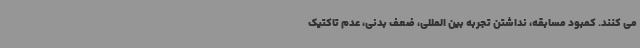
می کنند. کمبود مسابقه، نداشتن تجربه بین المللی، ضعف بدنی، عدم تاکتیک